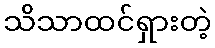
သိသာထင်ရှားတဲ့